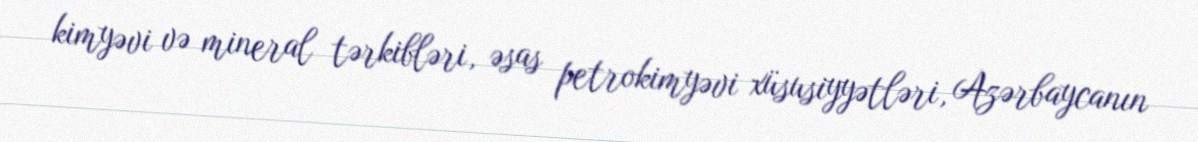
kimyəvi və mineral tərkibləri, əsas petrokimyəvi xüsusiyyətləri, Azərbaycanın